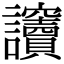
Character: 𧮡